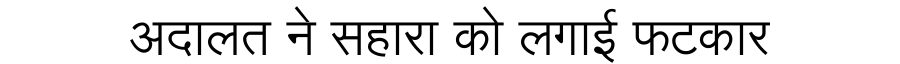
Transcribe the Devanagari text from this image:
अदालत ने सहारा को लगाई फटकार